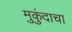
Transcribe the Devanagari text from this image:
मुकुंदाचा